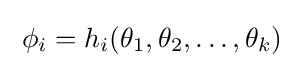
\;\phi _{i}=h_{i}(\theta _{1},\theta _{2},\ldots ,\theta _{k})~